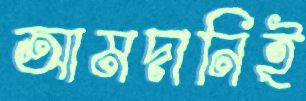
আমদানিই